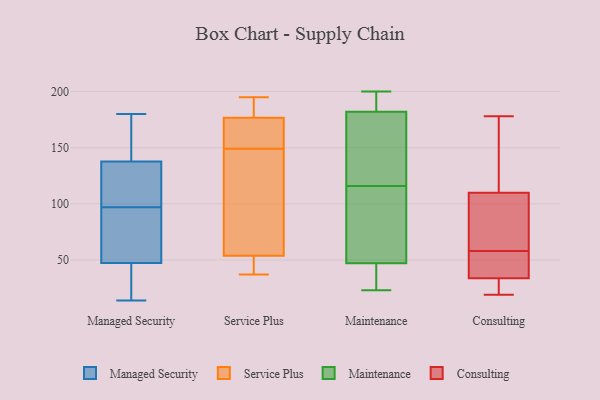
{"axis": {"x": "Conversion Rate (%)", "y": "Value"}, "legend": ["Consulting", "Maintenance", "Managed Security", "Service Plus"], "data": [{"x": "", "y": 180, "type": "Managed Security"}, {"x": "", "y": 118, "type": "Managed Security"}, {"x": "", "y": 151, "type": "Managed Security"}, {"x": "", "y": 134, "type": "Managed Security"}, {"x": "", "y": 139, "type": "Managed Security"}, {"x": "", "y": 44, "type": "Managed Security"}, {"x": "", "y": 72, "type": "Managed Security"}, {"x": "", "y": 44, "type": "Managed Security"}, {"x": "", "y": 106, "type": "Managed Security"}, {"x": "", "y": 97, "type": "Managed Security"}, {"x": "", "y": 143, "type": "Managed Security"}, {"x": "", "y": 28, "type": "Managed Security"}, {"x": "", "y": 95, "type": "Managed Security"}, {"x": "", "y": 57, "type": "Managed Security"}, {"x": "", "y": 14, "type": "Managed Security"}, {"x": "", "y": 149, "type": "Service Plus"}, {"x": "", "y": 148, "type": "Service Plus"}, {"x": "", "y": 68, "type": "Service Plus"}, {"x": "", "y": 195, "type": "Service Plus"}, {"x": "", "y": 49, "type": "Service Plus"}, {"x": "", "y": 167, "type": "Service Plus"}, {"x": "", "y": 44, "type": "Service Plus"}, {"x": "", "y": 37, "type": "Service Plus"}, {"x": "", "y": 151, "type": "Service Plus"}, {"x": "", "y": 184, "type": "Service Plus"}, {"x": "", "y": 180, "type": "Service Plus"}, {"x": "", "y": 23, "type": "Maintenance"}, {"x": "", "y": 171, "type": "Maintenance"}, {"x": "", "y": 184, "type": "Maintenance"}, {"x": "", "y": 197, "type": "Maintenance"}, {"x": "", "y": 47, "type": "Maintenance"}, {"x": "", "y": 185, "type": "Maintenance"}, {"x": "", "y": 40, "type": "Maintenance"}, {"x": "", "y": 55, "type": "Maintenance"}, {"x": "", "y": 182, "type": "Maintenance"}, {"x": "", "y": 35, "type": "Maintenance"}, {"x": "", "y": 137, "type": "Maintenance"}, {"x": "", "y": 39, "type": "Maintenance"}, {"x": "", "y": 200, "type": "Maintenance"}, {"x": "", "y": 127, "type": "Maintenance"}, {"x": "", "y": 60, "type": "Maintenance"}, {"x": "", "y": 100, "type": "Maintenance"}, {"x": "", "y": 150, "type": "Maintenance"}, {"x": "", "y": 105, "type": "Maintenance"}, {"x": "", "y": 58, "type": "Consulting"}, {"x": "", "y": 71, "type": "Consulting"}, {"x": "", "y": 58, "type": "Consulting"}, {"x": "", "y": 26, "type": "Consulting"}, {"x": "", "y": 167, "type": "Consulting"}, {"x": "", "y": 19, "type": "Consulting"}, {"x": "", "y": 19, "type": "Consulting"}, {"x": "", "y": 89, "type": "Consulting"}, {"x": "", "y": 117, "type": "Consulting"}, {"x": "", "y": 57, "type": "Consulting"}, {"x": "", "y": 178, "type": "Consulting"}]}